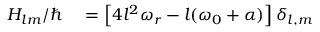
\begin{array} { r l } { H _ { l m } / \hbar } & { { } = \left[ 4 l ^ { 2 } \omega _ { r } - l ( \omega _ { 0 } + \alpha ) \right] \delta _ { l , m } } \end{array}